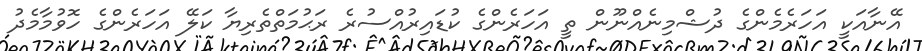
އޭނާއަކީ އަހަރެމެންގެ ދުޝްމިނެއްނޫން ތީ އަހަރެންގެ ކުޑައިރުއްސުރެ ރަޙުމަތްތެރިޔާ ކަލޭ އަހަރެންގެ ހޮވުމާމެދު